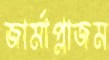
জার্মাপ্লাজম